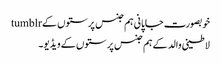
خوبصورت جاپانی ہم جنس پرستوں کے tumblr
لاطینی والد کے ہم جنس پرستوں کے ویڈیو۔